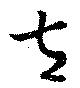
左